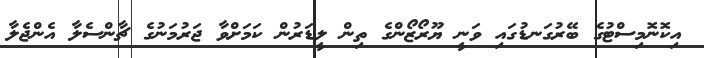
އިކޮނޮމިސްޓުގެ ބޭރުގަނޑުގައި ވަނީ ޔޫރޯޒޯންގެ ތިން ލީޑަރުން ކަމަށްވާ ޖަރުމަނުގެ ޗާންސެލާ އެންޖެލާ